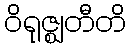
ဝိရုဇ္ဈတီတိ